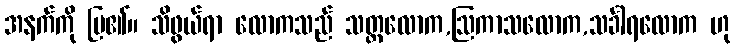
အနက်ကို ပြ၏။ သိဖွယ်ရာ လောကသည် သတ္တလောက,ဩကာသလောက,သင်္ခါရလောက ဟု